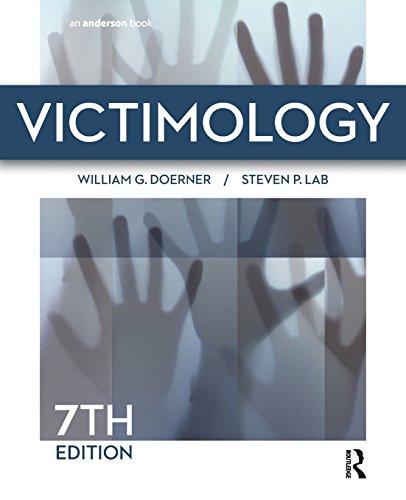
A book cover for Victimology; William G. Doerner; Politics & Social Sciences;